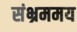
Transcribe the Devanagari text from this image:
संभ्रममय